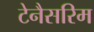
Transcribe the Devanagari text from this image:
टेनैसरिम